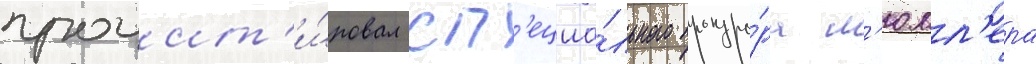
процит'и́ровал сп'ециа́льного прокуро́ра м'юлл'ера